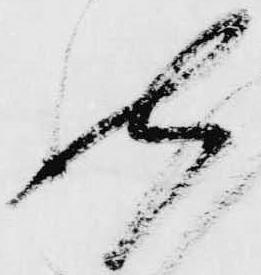
然